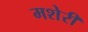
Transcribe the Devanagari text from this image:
मशेरी